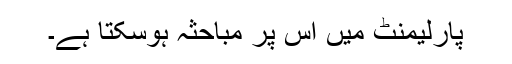
پارلیمنٹ میں اس پر مباحثہ ہوسکتا ہے۔